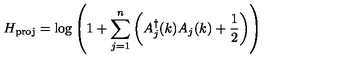
H _ { \mathrm { p r o j } } = \log \left( 1 + \sum _ { j = 1 } ^ { n } \left( A _ { j } ^ { \dagger } ( k ) A _ { j } ( k ) + { \frac { 1 } { 2 } } \right) \right)